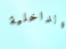
الداخلية